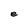
Character: e